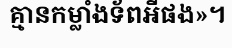
គ្មានកម្លាំងទ័ពអីផង»។